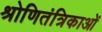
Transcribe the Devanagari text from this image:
श्रोणितंत्रिकाओं